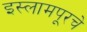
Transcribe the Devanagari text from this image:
इस्लामपूरचे